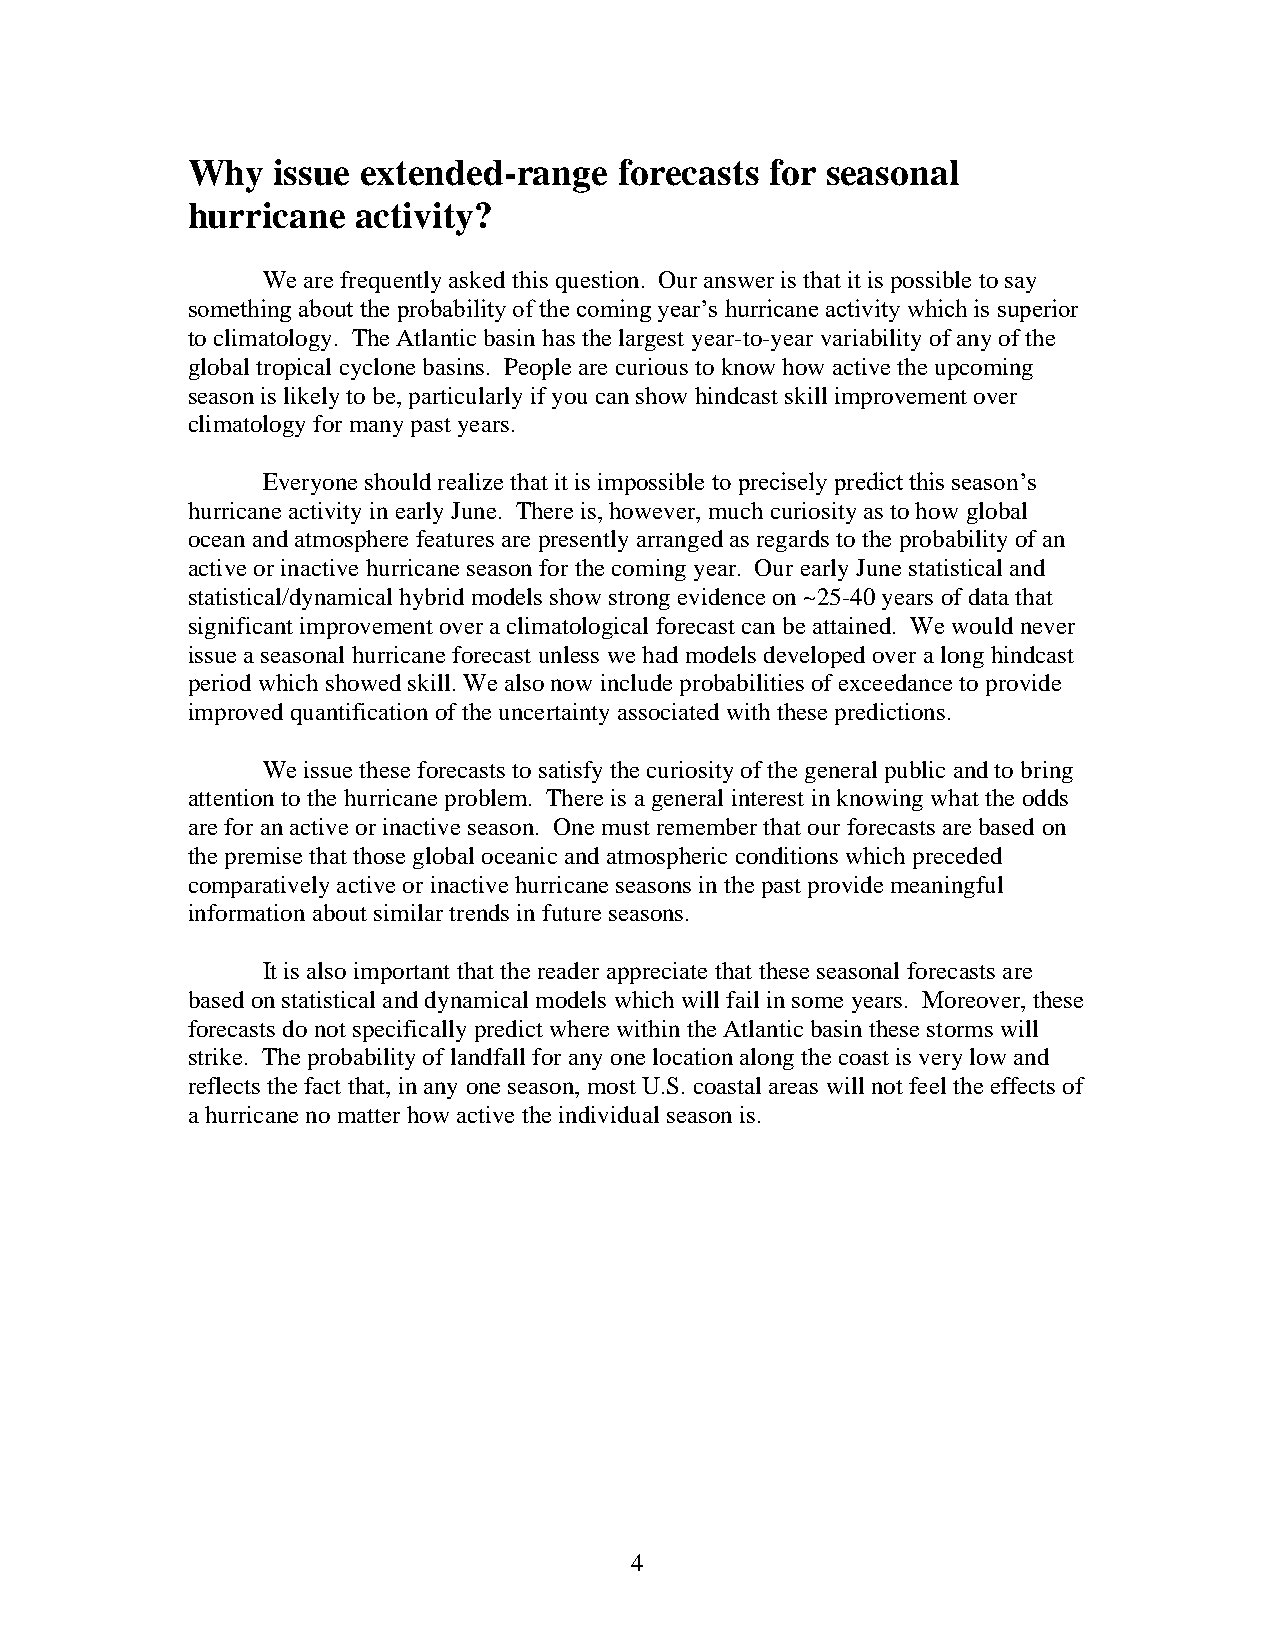
Why   issue extended-range   forecasts for seasonal
 hurricane   activity?
 We are frequently asked this question. Our answer is that it is possible to say
 something about the probability of the coming year’s hurricane activity which is superior
 to climatology. The Atlantic basin has the largest year-to-year variability of any of the
 global tropical cyclone basins. People are curious to know how active the upcoming
 season is likely to be, particularly if you can show hindcast skill improvement over
 climatology for many past years.
 Everyone should realize that it is impossible to precisely predict this season’s
 hurricane activity in early June. There is, however, much curiosity as to how global
 ocean and atmosphere features are presently arranged as regards to the probability of an
 active or inactive hurricane season for the coming year. Our early June statistical and
 statistical/dynamical hybrid models show strong evidence on ~25-40 years of data that
 significant improvement over a climatological forecast can be attained. We would never
 issue a seasonal hurricane forecast unless we had models developed over a long hindcast
 period which showed skill. We also now include probabilities of exceedance to provide
 improved quantification of the uncertainty associated with these predictions.
 We issue these forecasts to satisfy the curiosity of the general public and to bring
 attention to the hurricane problem. There is a general interest in knowing what the odds
 are for an active or inactive season. One must remember that our forecasts are based on
 the premise that those global oceanic and atmospheric conditions which preceded
 comparatively active or inactive hurricane seasons in the past provide meaningful
 information about similar trends in future seasons.
 It is also important that the reader appreciate that these seasonal forecasts are
 based on statistical and dynamical models which will fail in some years. Moreover, these
 forecasts do not specifically predict where within the Atlantic basin these storms will
 strike. The probability of landfall for any one location along the coast is very low and
 reflects the fact that, in any one season, most U.S. coastal areas will not feel the effects of
 a hurricane no matter how active the individual season is.
 4